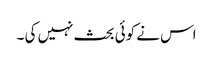
اس نے کوئی بحث نہیں کی ۔